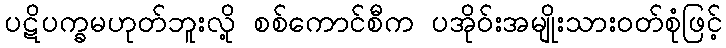
ပဋိပက္ခမဟုတ်ဘူးလို့ စစ်ကောင်စီက ပအိုဝ်းအမျိုးသားဝတ်စုံဖြင့်